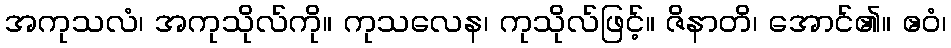
အကုသလံ၊ အကုသိုလ်ကို။ ကုသလေန၊ ကုသိုလ်ဖြင့်။ ဇိနာတိ၊ အောင်၏။ ဧဝံ၊